Civil Veterinary Dept. Bombay admin report 1932-41 - 1932-1941
Year: 1932
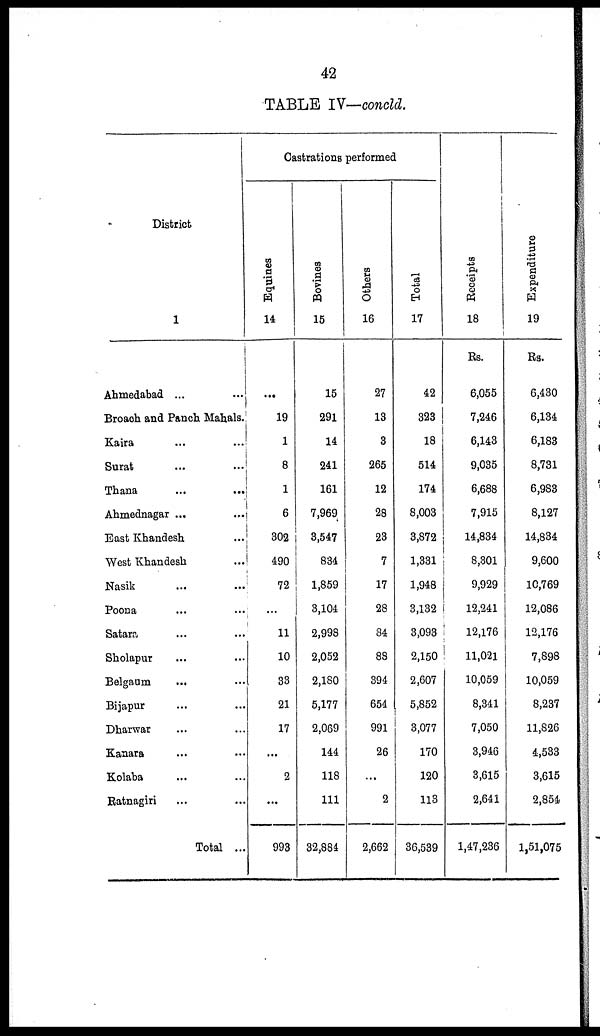
42
TABLE IV—concld.
District
1
Ahmedabad ... ...
Broach and Panch Mahals.
Kaira ... ...
Surat ... ...
Thana ... ...
Ahmednagar ... ...
East Khandesh ...
West Khandesh ...
Nasik ... ...
Poona ... ...
Satara ... ...
Sholapur ... ...
Belgaum
... ...
Bijapur ... ...
Dharwar ... ...
Kanara ... ...
Kolaba ... ...
Ratnagiri ... ...
Total ...
Castrations performed
Equines
14
...
19
1
8
1
6
302
490
72
...
11
10
33
21
17
...
2
...
993
Bovines
15
15
291
14
241
161
7,969
3,547
834
1,859
3,104
2,998
2,052
2,180
5,177
2,069
144
118
111
32,884
Others
16
27
13
3
265
12
28
23
7
17
28
84
88
394
654
991
26
...
2
2,662
Total
17
42
323
18
514
174
8,003
3,872
1,331
1,948
3,132
3,093
2,150
2,607
5,852
3,077
170
120
113
36,539
Receipts
18
Rs.
6,055
7,246
6,143
9,035
6,688
7,915
14,834
8,301
9,929
12,241
12,176
11,021
10,059
8,341
7,050
3,946
3,615
2,641
1,47,236
Expenditure
19
Rs.
6,430
6,134
6,183
8,731
6,983
8,127
14,834
9,600
10,769
12,086
12,176
7,898
10,059
8,237
11,826
4,533
3,615
2,854
1,51,075